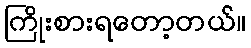
ကြိုးစားရတော့တယ်။